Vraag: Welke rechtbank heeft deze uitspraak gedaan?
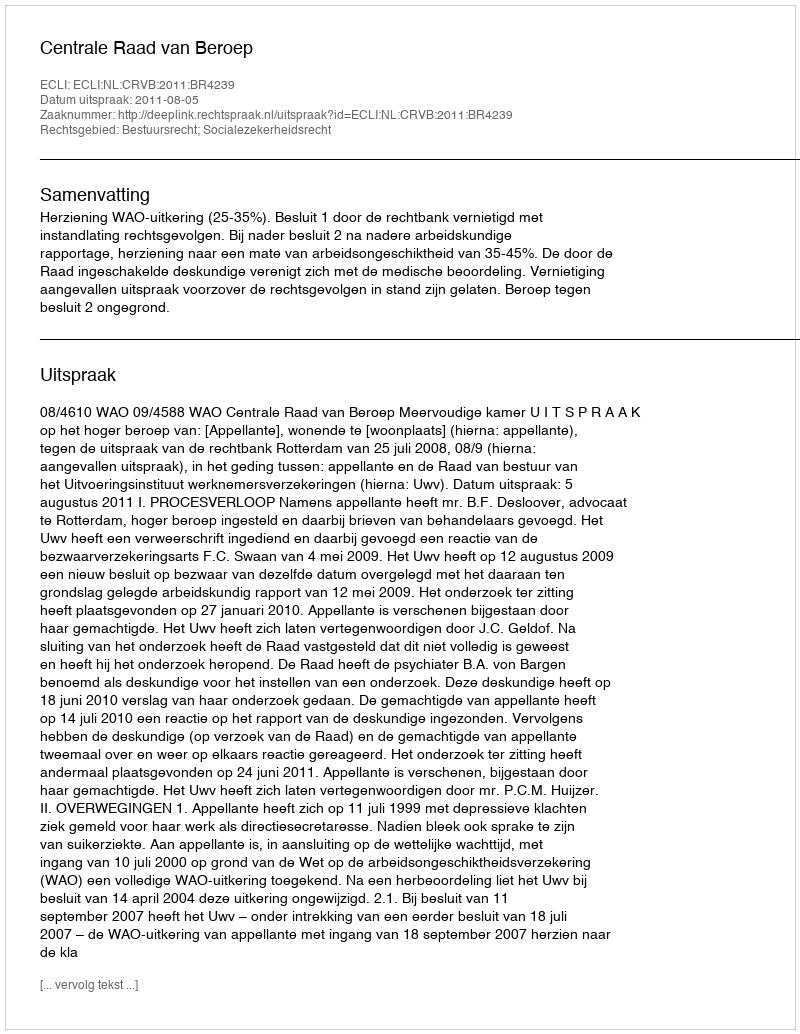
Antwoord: Centrale Raad van Beroep